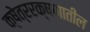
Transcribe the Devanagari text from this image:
क्षेत्ररक्षणातील